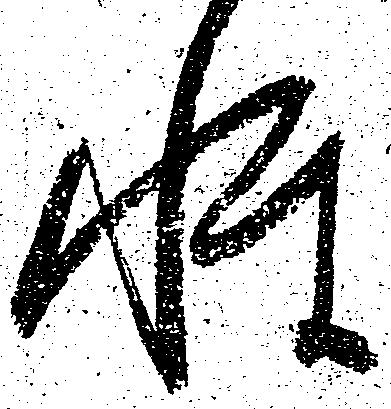
性